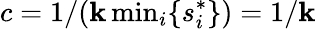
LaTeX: c=1/(\mathbf{k}\, \mathrm{{min}}_{i}\{ s_{i}^{*}\} )=1/\mathbf{k}